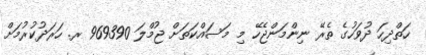
ހަތްދިހަ ދުވަހުގެ ތެރޭ ނިންމަންޖެހޭ މި މަސައްކަތަށް ޖުމްލަ 969390 ރ. ހަރަދުކުރުމަށް